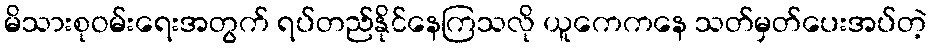
မိသားစုဝမ်းရေးအတွက် ရပ်တည်နိုင်နေကြသလို ယူကေကနေ သတ်မှတ်ပေးအပ်တဲ့